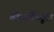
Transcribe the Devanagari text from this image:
बोनावेंच्यूरा